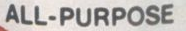
ALL-PURPOSE